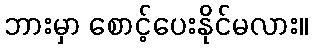
ဘားမှာ စောင့်ပေးနိုင်မလား။